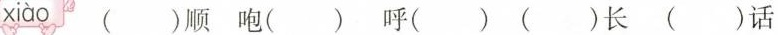
xiào ()顺 咆() 呼() ()长 ()话